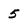
Character: 5